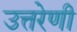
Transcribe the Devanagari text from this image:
उत्तरेणी